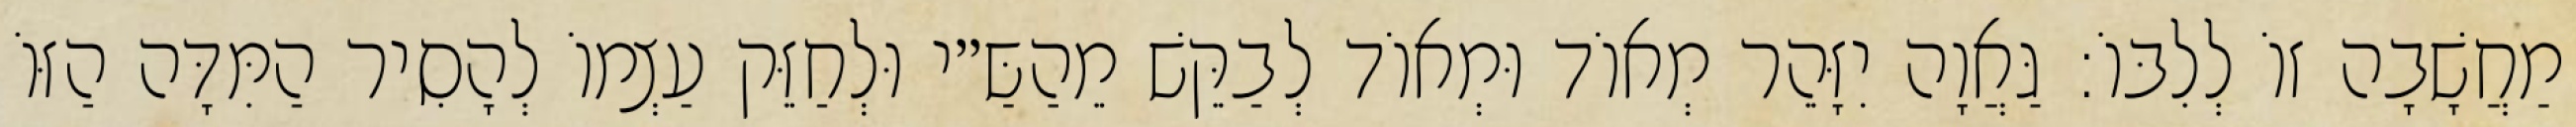
מַחֲשָׁבָה זוֹ לְלִבּוֹ: גַּאֲוָה יִזָּהֵר מְאוֹד וּמְאוֹד לְבַקֵּשׁ מֵהַשַּ״י וּלְחַזֵּק עַצְמוֹ לְהָסִיר הַמִּדָּה הַזּוֹ